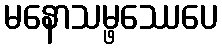
မနောသမ္ဖဿေပေ